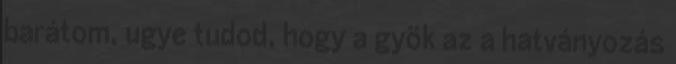
barátom, ugye tudod, hogy a gyök az a hatványozás